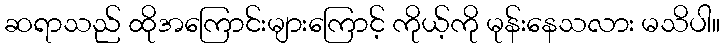
ဆရာသည် ထိုအကြောင်းများကြောင့် ကိုယ့်ကို မုန်းနေသလား မသိပါ။